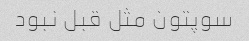
سوپتون مثل قبل نبود